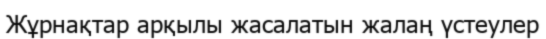
Жұрнақтар арқылы жасалатын жалаң үстеулер